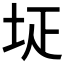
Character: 𡊕